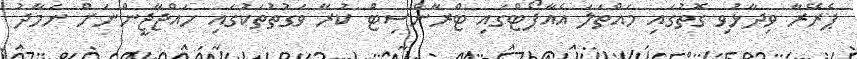
ޕެރޭރާ ވިދާޅުވި ގޮތުގައި މައްތަލަ އެއާޕޯޓްގައި ޓްރާންސިޓް ކުރާ ވަގުތުތަކުގައި ހައްޖާޖީންނަށް ނަމާދު